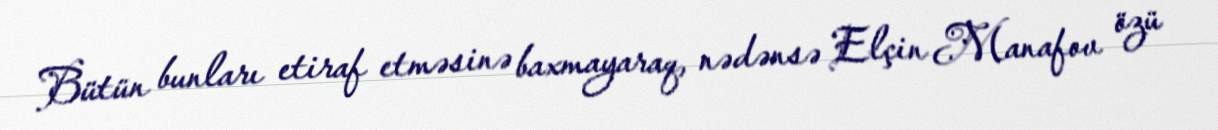
Bütün bunları etiraf etməsinə baxmayaraq, nədənsə Elçin Manafov özü